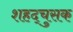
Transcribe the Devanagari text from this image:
शहद्चुसक